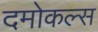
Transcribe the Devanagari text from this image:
दमोकल्स